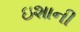
ઇશાની